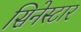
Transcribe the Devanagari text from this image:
सिनेस्टार